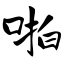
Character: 啪